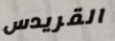
القريدس